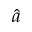
\hat { a }